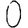
Digit: 0